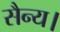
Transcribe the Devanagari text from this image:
सैन्य।